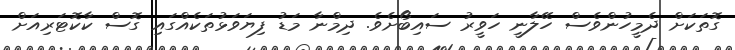
ގޮތަކަށް ދެމީހުންވެސް ހޭލާނީ ހަވީރު ސައިބޯށެވެ. ދިމްނާ މަޑު ފިޔަވަޅުތަކެއްގައި ގޮސް ކާކޮޓަރިއަށް